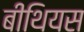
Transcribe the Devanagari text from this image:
बीथियस